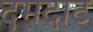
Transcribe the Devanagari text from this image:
दमदाट